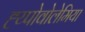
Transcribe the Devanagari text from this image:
ह्य्पोवोलेमिया